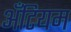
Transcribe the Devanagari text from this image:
अँटियम